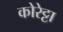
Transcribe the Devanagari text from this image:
कोरेट्टा